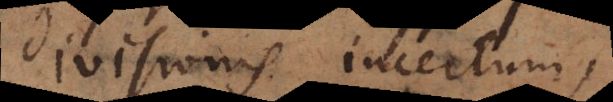
divisionis incertum,